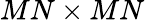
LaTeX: MN\times MN